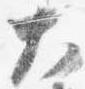
大